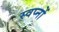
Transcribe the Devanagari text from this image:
स्वप्‍नों